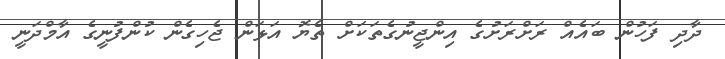
ދާދި ފަހުން ބައެއް ރަށްރަށުގެ އިންޖީނުގެތަކަށް ތެޔޮ އަޅަން ޖެހިގެން ކުންފުނީގެ އާމްދަނީ